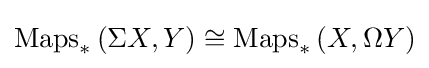
\operatorname {Maps} _{*}\left(\Sigma X,Y\right)\cong \operatorname {Maps} _{*}\left(X,\Omega Y\right)